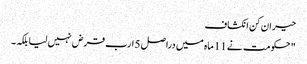
حیران کن انکشاف
" حکومت نے 11 ماہ میں دراصل 5 ارب قرض نہیں لیا بلکہ ۔